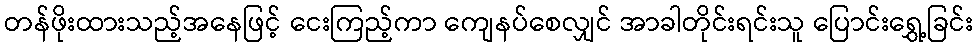
တန်ဖိုးထားသည့်အနေဖြင့် ငေးကြည့်ကာ ကျေနပ်စေလျှင် အာခါတိုင်းရင်းသူ ပြောင်းရွှေ့ခြင်း